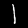
Digit: 1